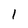
Character: 1